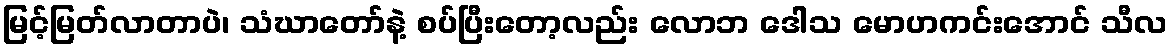
မြင့်မြတ်လာတာပဲ၊ သံဃာတော်နဲ့ စပ်ပြီးတော့လည်း လောဘ ဒေါသ မောဟကင်းအောင် သီလ